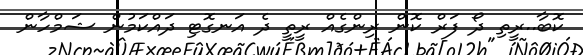
ކޮބާ..ރީތި ދޯ ފަރް ކޮން ރިންގެއް ރީތީ ދެ އަނގޮޓި ދައްކަމުން ޝަމްހާން